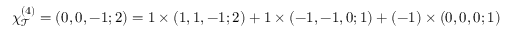
\chi _ { \mathcal { T } } ^ { ( 4 ) } = ( 0 , 0 , - 1 ; 2 ) = 1 \times ( 1 , 1 , - 1 ; 2 ) + 1 \times ( - 1 , - 1 , 0 ; 1 ) + ( - 1 ) \times ( 0 , 0 , 0 ; 1 )